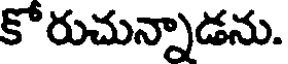
కోరుచున్నాడను.